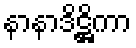
နာနာဒိဋ္ဌိကာ